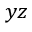
y z